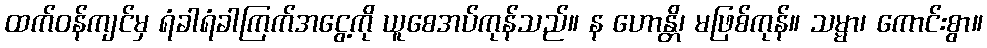
ထက်ဝန်ကျင်မှ ရံခါရံခါကြက်အငွေ့ကို ယူစေအပ်ကုန်သည်။ န ဟောန္တိ၊ မဖြစ်ကုန်။ သမ္မာ၊ ကောင်းစွာ။